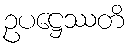
ဥပဋ္ဌေဿတိ